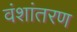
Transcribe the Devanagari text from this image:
वंशांतरण